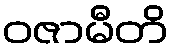
ဝဇာမီတိ